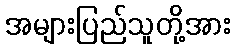
အများပြည်သူတို့အား